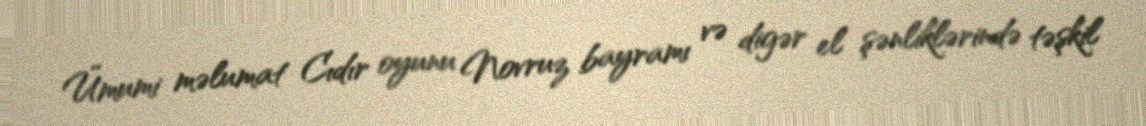
Ümumi məlumat Cıdır oyunu Novruz bayramı və digər el şənliklərində təşkil